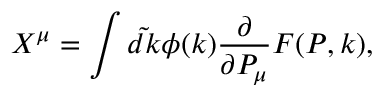
X ^ { \mu } = \int \tilde { d k } \phi ( k ) { \frac { \partial } { { \partial P _ { \mu } } } } F ( P , k ) ,